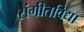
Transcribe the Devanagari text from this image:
संगीतविद्या